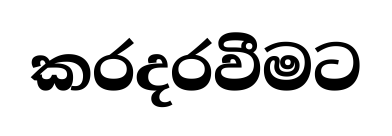
කරදරවීමට